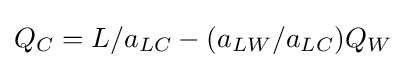
Q_{C}=L/a_{LC}-(a_{LW}/a_{LC})Q_{W}